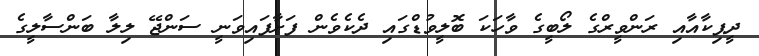
ދީޕިކާއާއި ރަންވީރްގެ ލޯބީގެ ވާހަކަ ބޮލީވުޑްގައި ދެކެވެން ފަށާފައިވަނީ ސަންޖޭ ލިލާ ބަންސާލީގެ